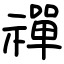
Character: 禪